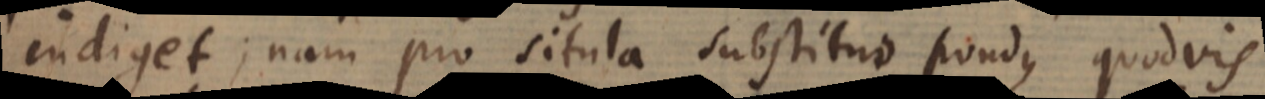
indiget; nam pro situla substituo pondus quodvis